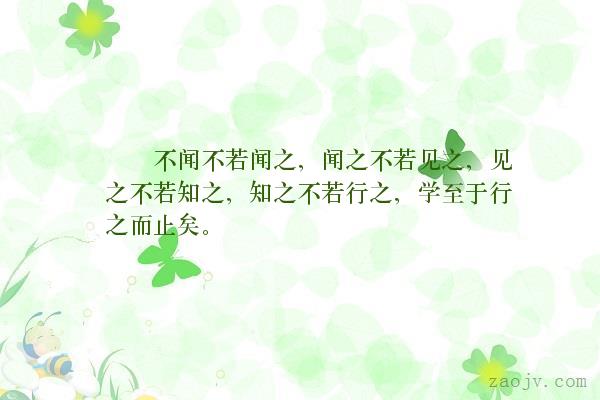
不闻不若闻之，闻之不若见之，见之不若知之，知之不若行之，学至于行之而止矣。